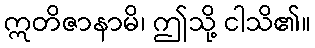
ဣတိဇာနာမိ၊ ဤသို့ ငါသိ၏။